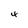
Character: 4